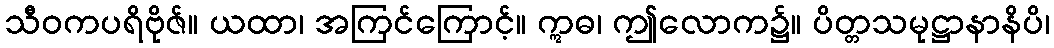
သီဝကပရိဗိုဇ်။ ယထာ၊ အကြင်ကြောင့်။ ဣဓ၊ ဤလောက၌။ ပိတ္တသမုဋ္ဌာနာနိပိ၊